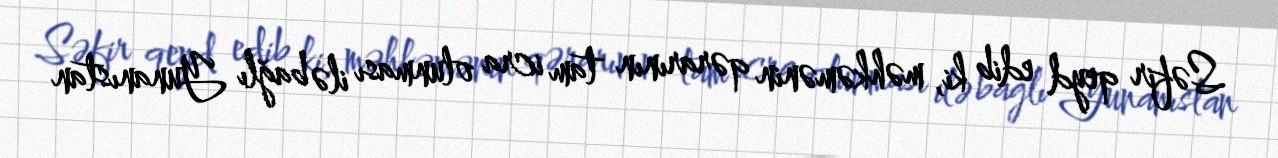
Səfir qeyd edib ki, məhkəmənin qərarının tam icra olunması ilə bağlı Yunanıstan